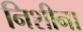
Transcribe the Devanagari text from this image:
निशीना